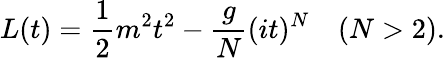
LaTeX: L(t)={\frac{1}{2}}m^{2}t^{2}-{\frac{g}{N}}(it)^{N}\quad(N>2).